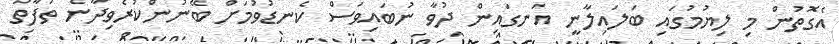
އެގޮތުން މި ލިޔުމުގައި ބަލައިލާނީ އަނގައިން ދުވާ ނުބައިވަސް ކެނޑުވުމަށް ބޭނުންކުރެވިދާނެ ތަފާތު